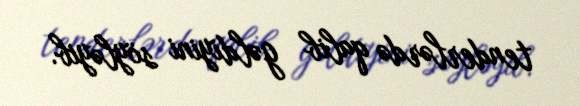
tenderlərdə qalib gəldiyini söyləyib.